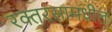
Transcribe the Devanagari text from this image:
रक्तरसामधील